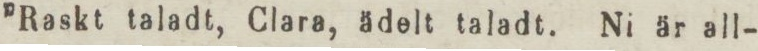
”Raskt taladt, Clara, ädelt taladt. Ni är all-